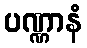
ပဏ္ဏာနံ